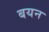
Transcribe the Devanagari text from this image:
बयन